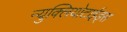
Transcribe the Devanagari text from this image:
न्युक्लियोटाईड्स